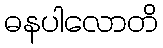
ဓနပါလောတိ